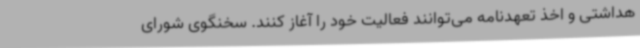
هداشتی و اخذ تعهدنامه می‌توانند فعالیت خود را آغاز کنند. سخنگوی شورای